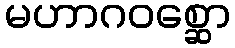
မဟာဂဝစ္ဆော